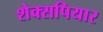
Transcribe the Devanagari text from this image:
शेक्सपियार